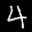
Digit: 4